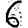
Digit: 6